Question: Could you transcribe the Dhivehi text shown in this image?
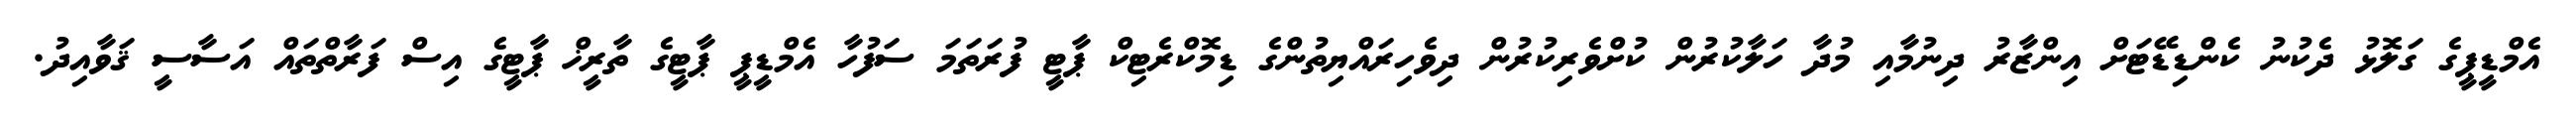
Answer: އެމްޑީޕީގެ ގަލޮޅު ދެކުނު ކެންޑިޑޭޓަށް އިންޒާރު ދިނުމާއި މުދާ ހަލާކުރުން ކުށްވެރިކުރުން ދިވެހިރައްޔިތުންގެ ޑިމޮކްރެޓިކް ޕާޓީ ފުރަތަމަ ސަފުހާ އެމްޑީޕީ ޕާޓީގެ ތާރީޚް ޕާޓީގެ އިސް ފަރާތްތައް އަސާސީ ޤަވާއިދު.